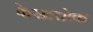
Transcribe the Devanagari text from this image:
केसलरोक